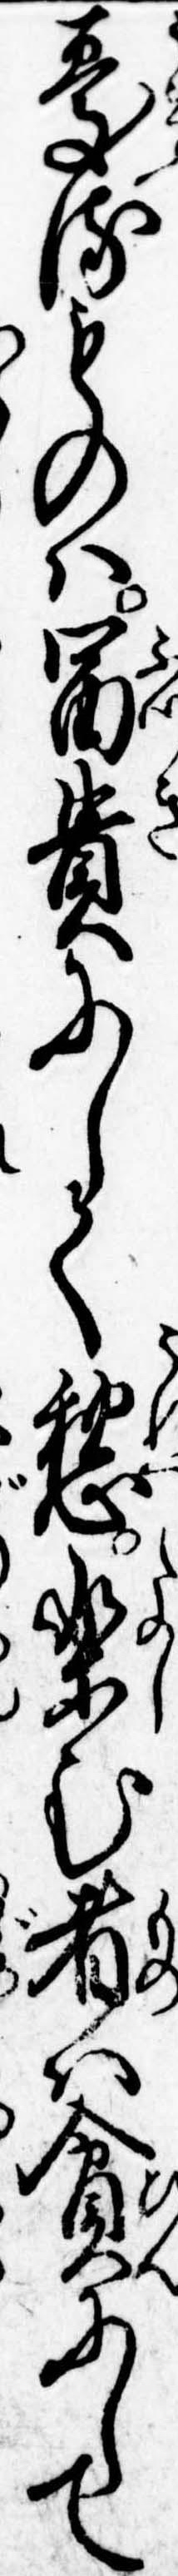
憂るものは富貴にして愁楽む者は貧にして